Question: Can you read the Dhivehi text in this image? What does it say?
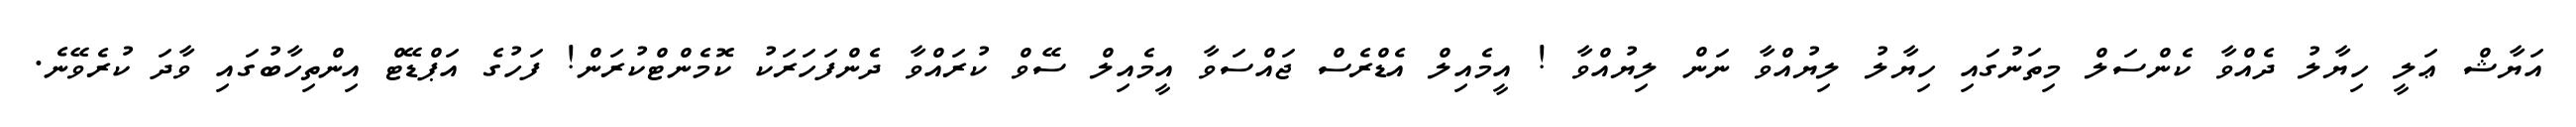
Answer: އަޔާޝް ޢަލީ ހިޔާލު ދެއްވާ ކެންސަލް މިތަނުގައި ހިޔާލު ލިޔުއްވާ ނަން ލިޔުއްވާ ! އީމެއިލް އެޑްރެސް ޖައްސަވާ އީމެއިލް ސޭވް ކުރައްވާ ދެންފަހަރަކު ކޮމެންޓްކުރަން! ފަހުގެ އަޕްޑޭޓް އިންތިހާބުގައި ވާދަ ކުރެވޭނެ.